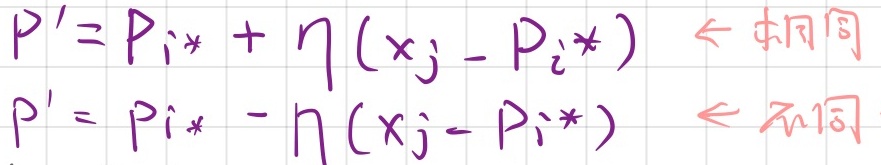
\(P' = P_{i*}+\eta(x_j - P_{i*})\) $\leftarrow$ 相同
\(P' = P_{i*}-\eta(x_j - P_{i*})\) $\leftarrow$ 不同